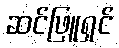
ဆင်ဖြူရှင်